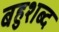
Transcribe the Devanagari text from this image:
बहुशब्द